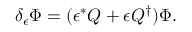
\delta _ { \epsilon } \Phi = ( \epsilon ^ { * } Q + \epsilon Q ^ { \dagger } ) \Phi .